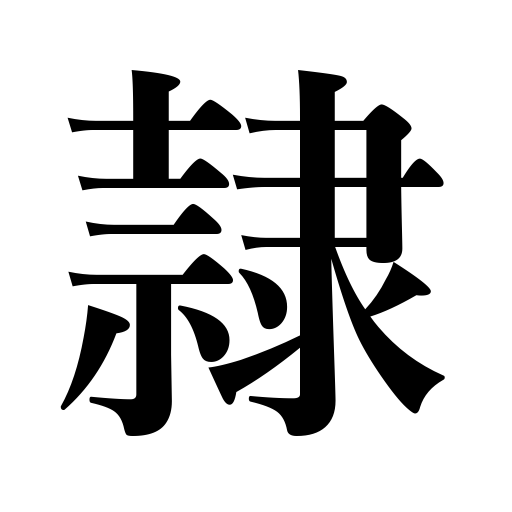
Meanings: servant,criminal,prisoner,follower